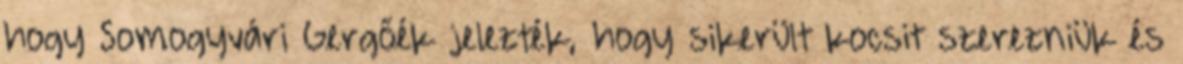
hogy Somogyvári Gergőék jelezték, hogy sikerült kocsit szerezniük és